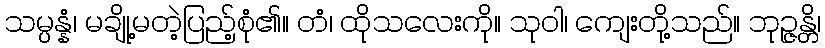
သမ္ပန္နံ၊ မချို့မတဲ့ပြည့်စုံ၏။ တံ၊ ထိုသလေးကို။ သုဝါ၊ ကျေးတို့သည်။ ဘုဉ္ဇန္တိ၊